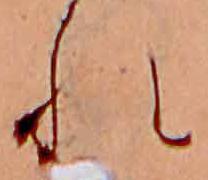
れ